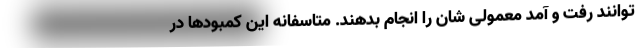
توانند رفت و آمد معمولی شان را انجام بدهند. متاسفانه این کمبودها در